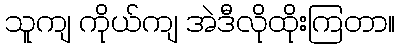
သူကျ ကိုယ်ကျ အဲဒီလိုထိုးကြတာ။